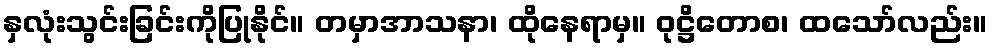
နှလုံးသွင်းခြင်းကိုပြုနိုင်။ တမှာအာသနာ၊ ထိုနေရာမှ။ ဝုဋ္ဌိတောစ၊ ထသော်လည်း။